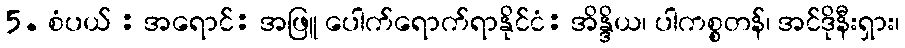
5. စံပယ် : အရောင်: အဖြူ ပေါက်ရောက်ရာနိုင်ငံ: အိန္ဒိယ၊ ပါကစ္စတန်၊ အင်ဒိုနီးရှား၊